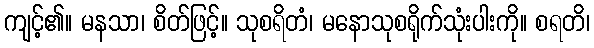
ကျင့်၏။ မနသာ၊ စိတ်ဖြင့်။ သုစရိတံ၊ မနောသုစရိုက်သုံးပါးကို။ စရတိ၊